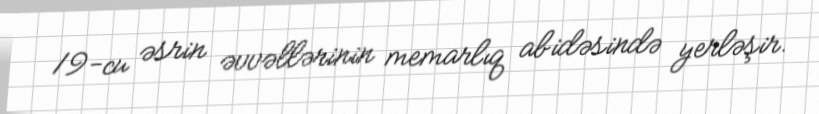
19-cu əsrin əvvəllərinin memarlıq abidəsində yerləşir.